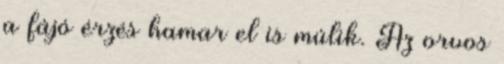
a fájó érzés hamar el is múlik. Az orvos